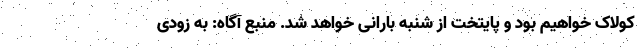
کولاک خواهیم بود و پایتخت از شنبه بارانی خواهد شد. منبع آگاه: به زودی